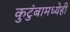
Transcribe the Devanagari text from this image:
कुटुंबामध्येही